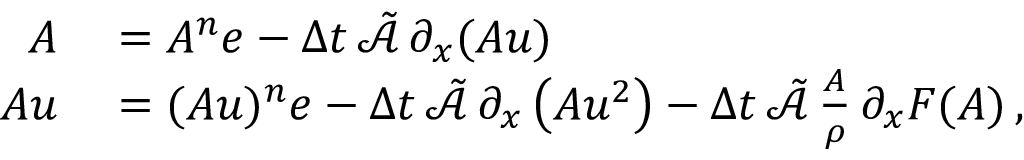
\begin{array} { r l } { \boldsymbol { A } } & { { } = A ^ { n } \boldsymbol { e } - \Delta t \, \tilde { \mathcal { A } } \, \partial _ { x } ( \boldsymbol { A u } ) } \\ { \boldsymbol { A u } } & { { } = ( A u ) ^ { n } \boldsymbol { e } - \Delta t \, \tilde { \mathcal { A } } \, \partial _ { x } \left( \boldsymbol { A u ^ { 2 } } \right) - \Delta t \, \tilde { \mathcal { A } } \, \frac { \boldsymbol { A } } { \rho } \, \partial _ { x } \boldsymbol { F } ( \boldsymbol { A } ) \, , } \end{array}